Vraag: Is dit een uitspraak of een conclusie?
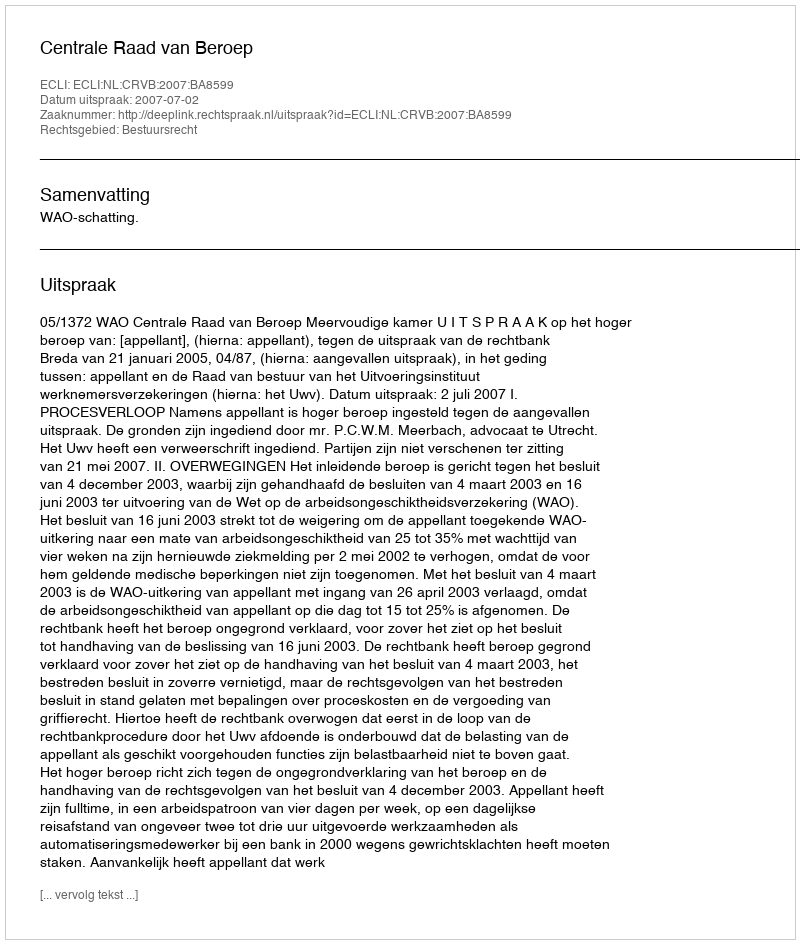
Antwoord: Uitspraak